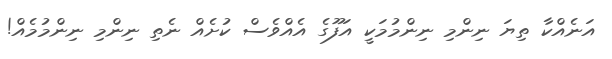
އަނެއްކާ ތިޔަ ނިންމި ނިންމުމަކީ އަފޫގެ އެއްވެސް ކުށެއް ނެތި ނިންމި ނިންމުމެއް!